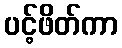
ပင့်ဖိတ်ကာ